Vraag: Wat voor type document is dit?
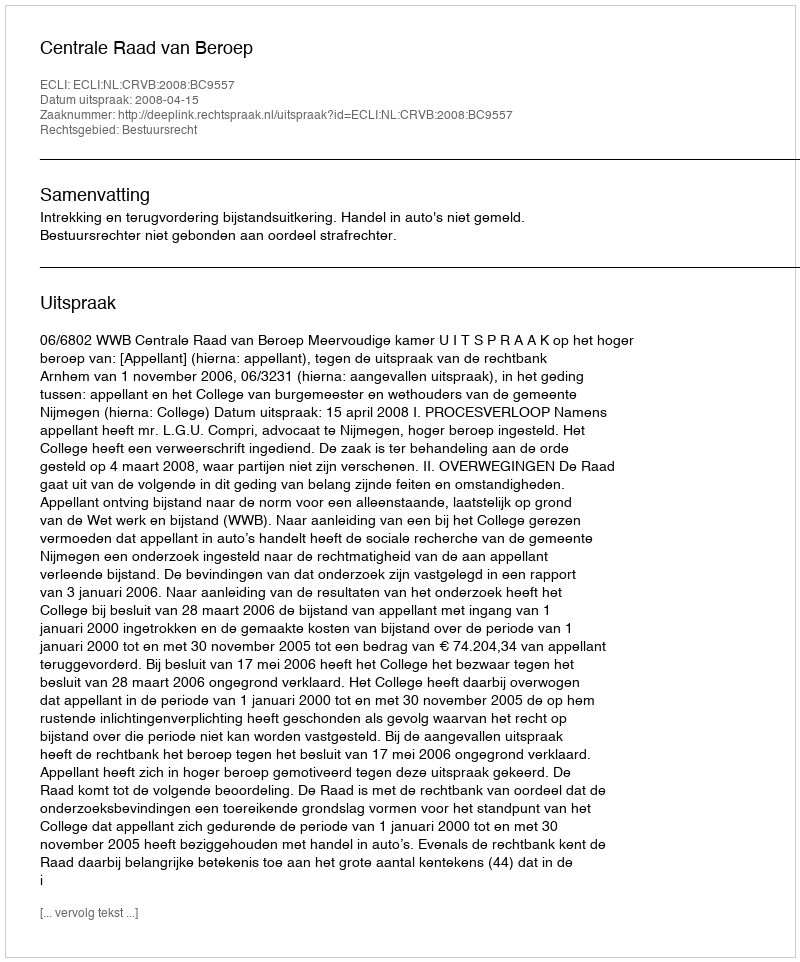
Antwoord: Uitspraak